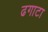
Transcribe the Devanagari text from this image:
ढगाटा